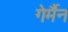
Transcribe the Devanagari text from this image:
गेर्मैन